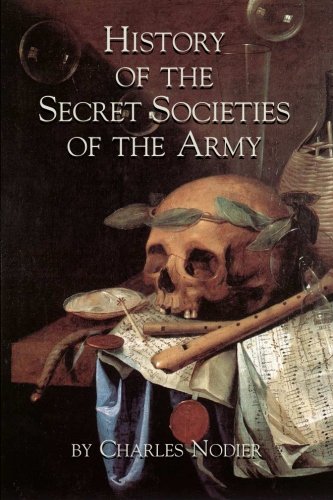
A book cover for History Of The Secret Societies Of The Army; Charles Nodier; Religion & Spirituality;